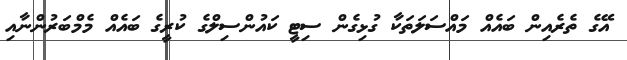
އޭގެ ތެރެއިން ބައެއް މައްސަލަތަކާ ގުޅިގެން ސިޓީ ކައުންސިލްގެ ކުރީގެ ބައެއް މެމްބަރުންނާއި